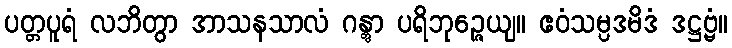
ပတ္တပူရံ လဘိတွာ အာသနသာလံ ဂန္တွာ ပရိဘုဉ္ဇေယျ။ ဧဝံသမ္ပဒမိဒံ ဒဋ္ဌဗ္ဗံ။